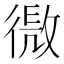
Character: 𢕧